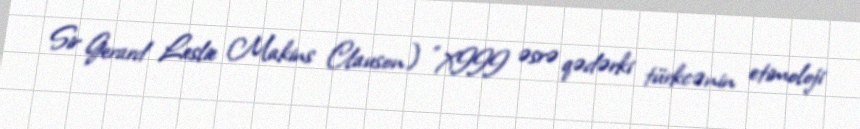
Sir Gerard Leslie Makins Clauson) "XIII əsrə qədərki türkcənin etimoloji